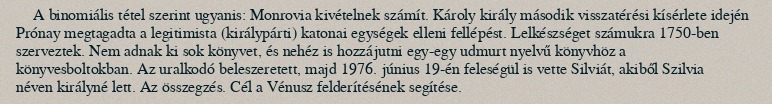
A binomiális tétel szerint ugyanis: Monrovia kivételnek számít. Károly király második visszatérési kísérlete idején Prónay megtagadta a legitimista (királypárti) katonai egységek elleni fellépést. Lelkészséget számukra 1750-ben szerveztek. Nem adnak ki sok könyvet, és nehéz is hozzájutni egy-egy udmurt nyelvű könyvhöz a könyvesboltokban. Az uralkodó beleszeretett, majd 1976. június 19-én feleségül is vette Silviát, akiből Szilvia néven királyné lett. Az összegzés. Cél a Vénusz felderítésének segítése.